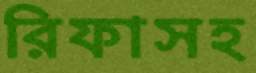
রিফাসহ